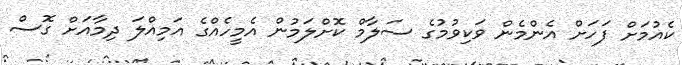
ކެއުމަށް ފަހަށް އެންމެން ވަކިވުމުގެ ސަލާމް ކޮށްލަމުން އެމީހެއްގެ އަމިއްލަ ދިމާއަށް ގޮސް